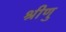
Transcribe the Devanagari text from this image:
श्रीणु